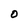
Character: 0